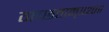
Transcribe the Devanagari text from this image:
गच्छताम्‌॥२०॥